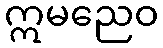
ဣမညေဝ